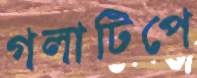
গলাটিপে